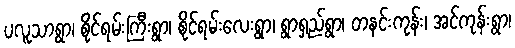
ပလူသာရွာ၊ စိုင်ရမ်းကြီးရွာ၊ စိုင်ရမ်းလေးရွာ၊ ရွာရှည်ရွာ၊ တနင်းကုန်း၊ အင်ကုန်းရွာ၊